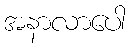
အနာလာပေါ